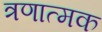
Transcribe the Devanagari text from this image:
त्रणात्मक